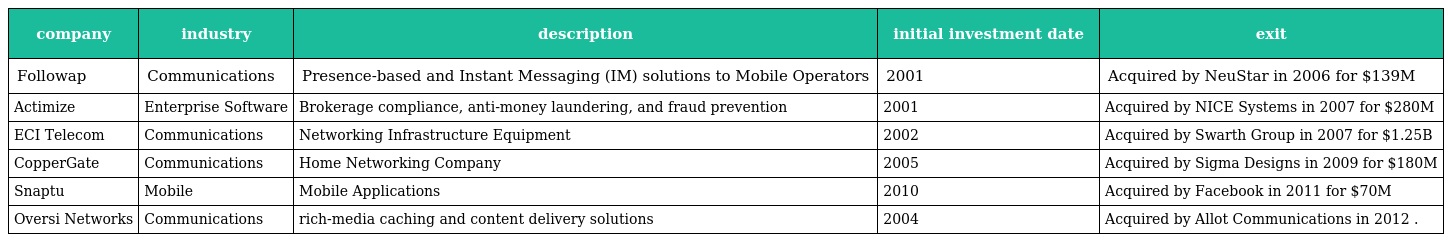
| company | industry | description | initial investment date | exit |
 | --- | --- | --- | --- | --- |
 | Followap | Communications | Presence-based and Instant Messaging (IM) solutions to Mobile Operators | 2001 | Acquired by NeuStar in 2006 for $139M |
 | Actimize | Enterprise Software | Brokerage compliance, anti-money laundering, and fraud prevention | 2001 | Acquired by NICE Systems in 2007 for $280M |
 | ECI Telecom | Communications | Networking Infrastructure Equipment | 2002 | Acquired by Swarth Group in 2007 for $1.25B |
 | CopperGate | Communications | Home Networking Company | 2005 | Acquired by Sigma Designs in 2009 for $180M |
 | Snaptu | Mobile | Mobile Applications | 2010 | Acquired by Facebook in 2011 for $70M |
 | Oversi Networks | Communications | rich-media caching and content delivery solutions | 2004 | Acquired by Allot Communications in 2012 . |